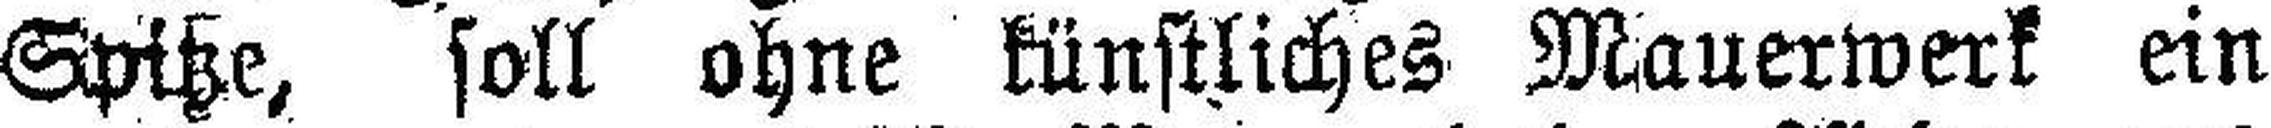
Spiße, soll ohne künstliches Mauerwerk ein